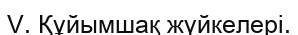
V. Құйымшақ жүйкелері.